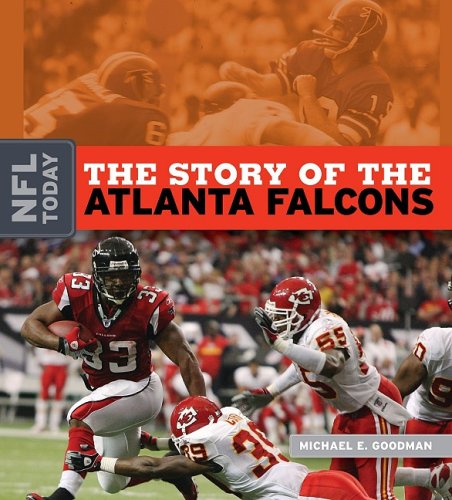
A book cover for The Story of the Atlanta Falcons (NFL Today); Michael E. Goodman; Teen & Young Adult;